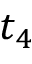
t _ { 4 }